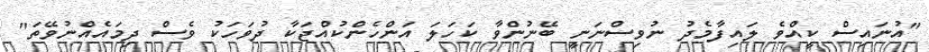
"އުނައިސް ކީއްވެ ލައިފާމެދު ނުވިސްނަނީ ބޭނުންވާ ކަހަލަ އަންހެންކުއްޖަކާ ދުވަހަކު ވެސް ދިމައެއްނުވޭތަ"